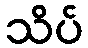
သိပ်